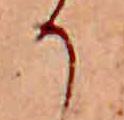
か